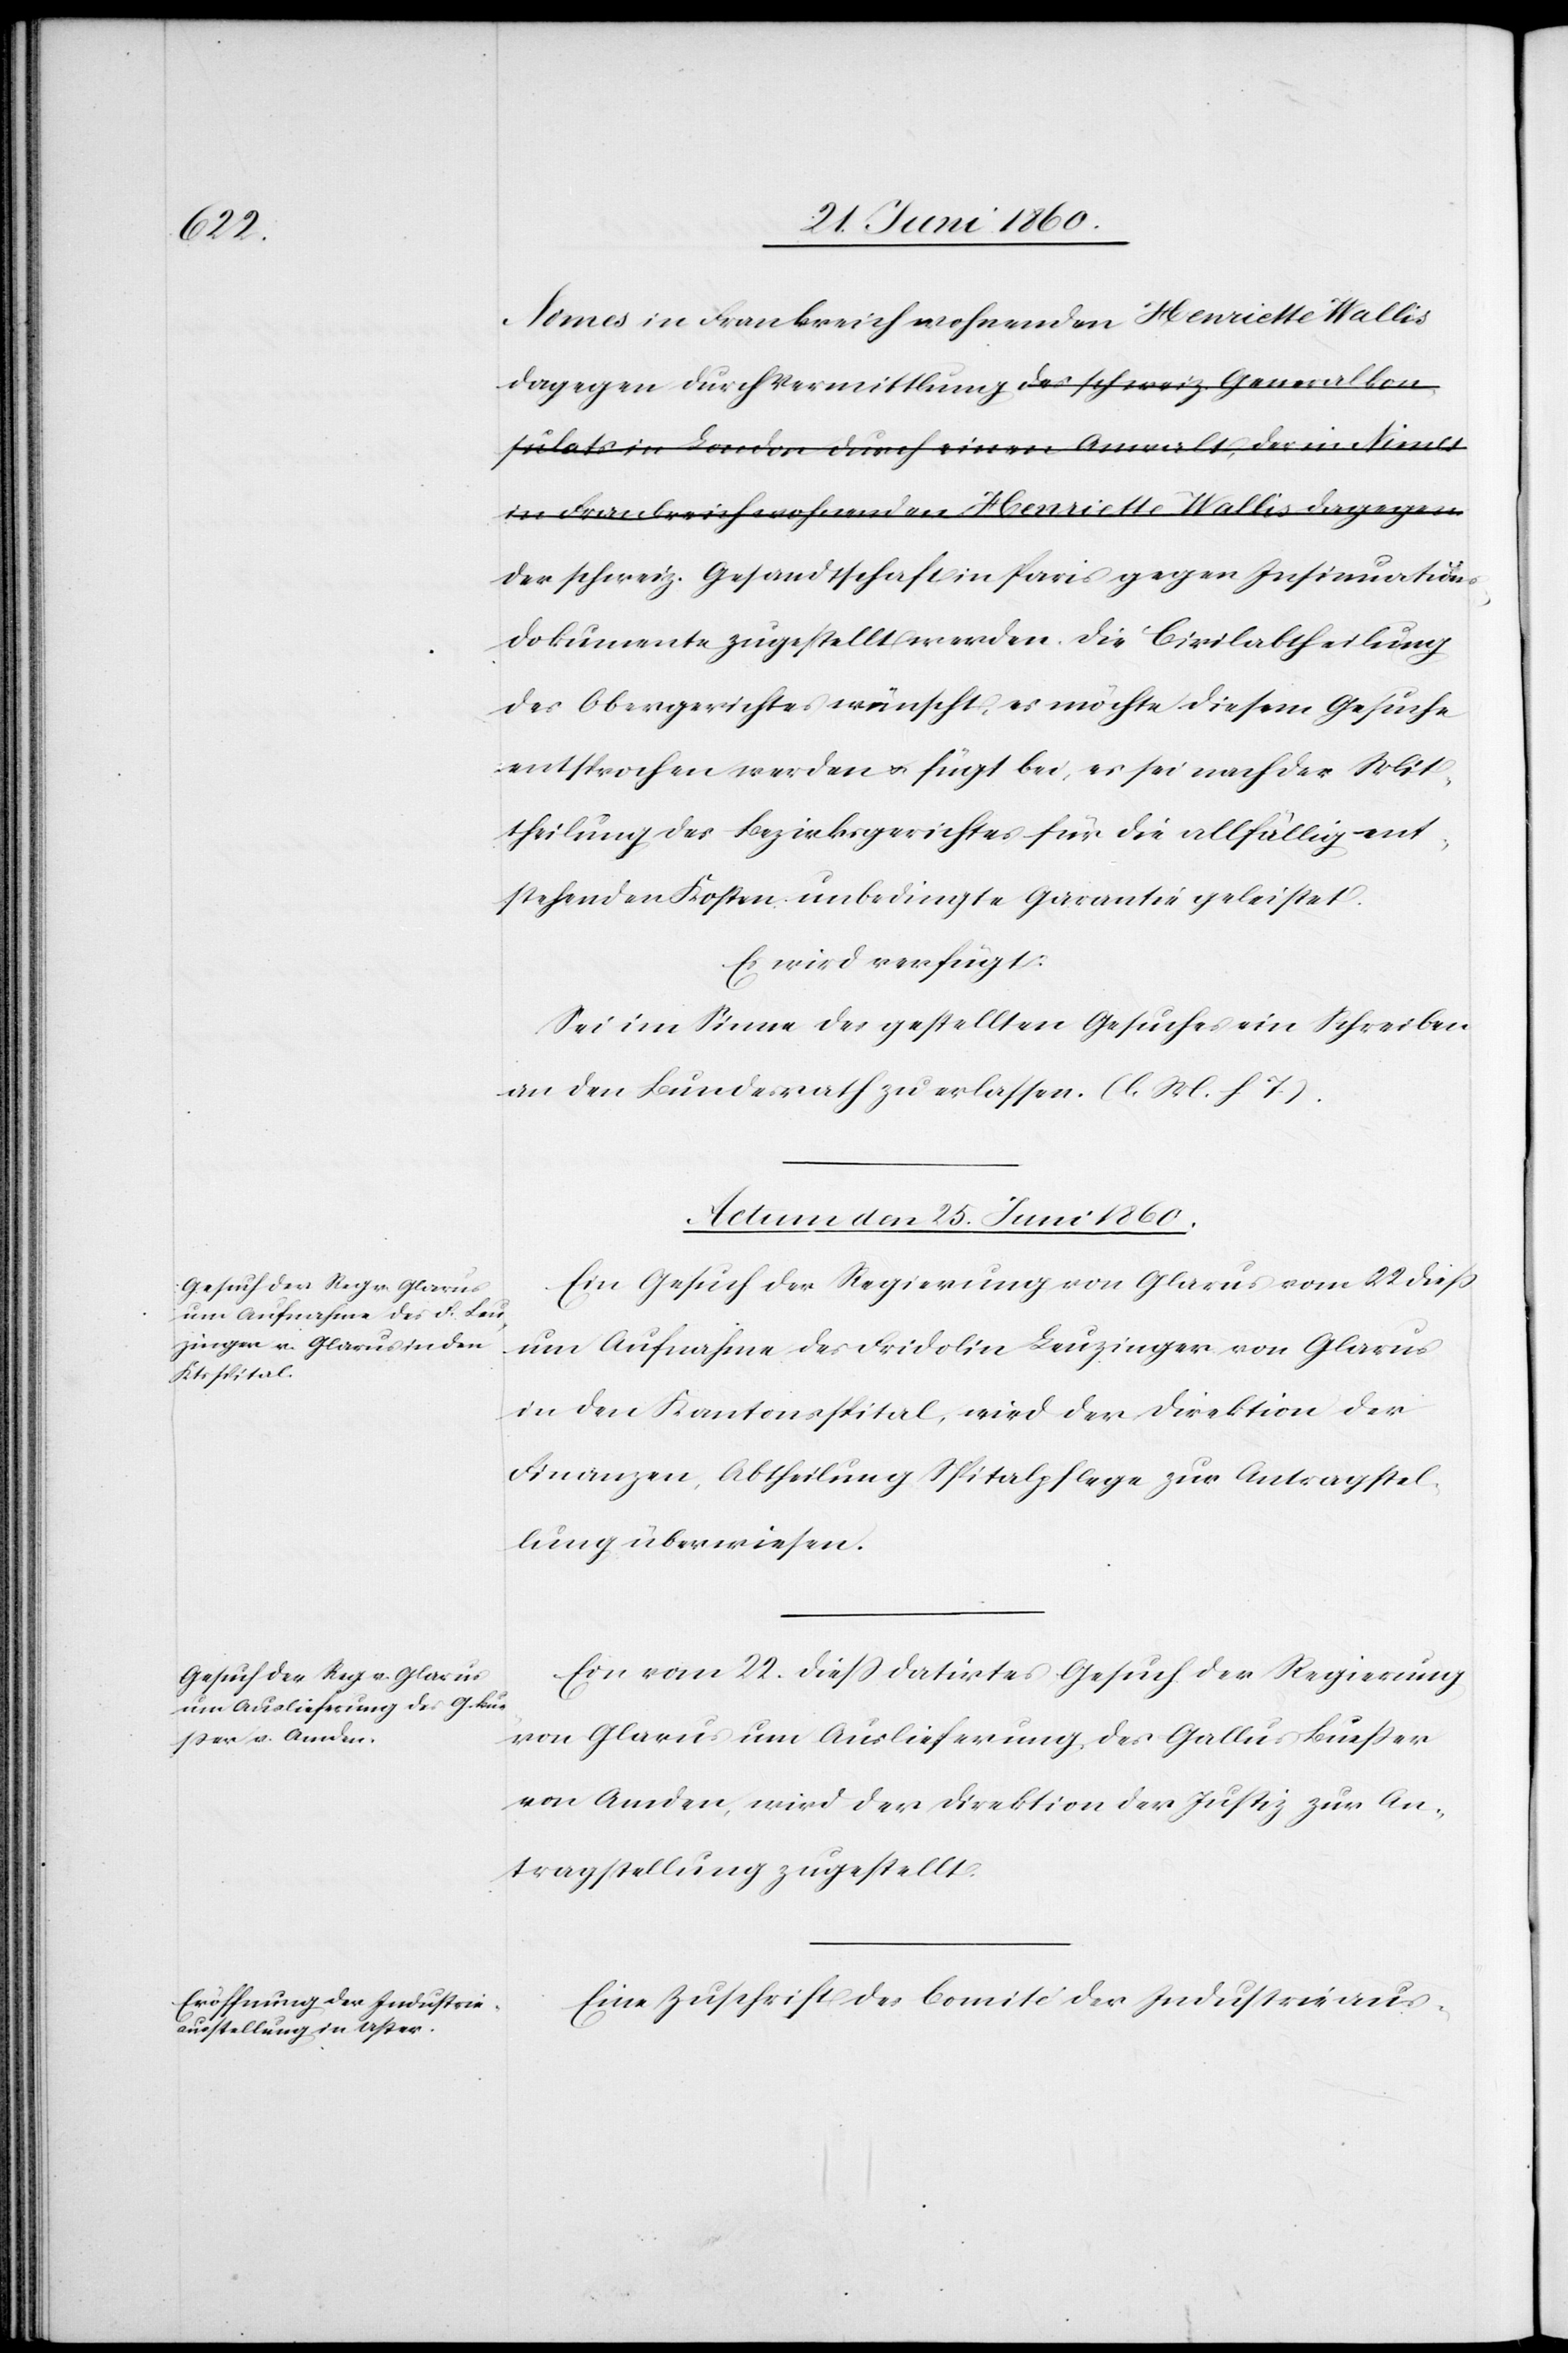
tions¬

Nimes in Frankreich wohnenden Henriette Wallis
dagegen durch Vermittlung der schweiz. Gesandtschaft in
dokumente zugestellt worden. Die Civilabtheilung
des Obergerichtes wünscht, es möchte diesem Gesuche
entsprochen werden u. fügt bei, es sei nach der Mit¬
theilung des Bezirksgerichtes für die allfällig ent¬
stehenden Kosten, unbedingte Garantie geleistet.
Es wird verfügt:
Sei im Sinne der gestellten Gesuche ein Schreiben
an den Bundesrath zu erlassen. (l. M. h. T.).
Actum den 25. Juni 1860.]
Ein Gesuch der Regierung von Glarus vom 22. diess
um Aufnahme des Fridolin Leuzinger von Glarus
in den Kantonsspital, wird der Direktion der
Finanzen, Abtheilung Spitalpflege zur Antragstel¬
lung überwiesen.
Ein vom 22. diess datirtes Gesuch der Regierung
von Glarus um Auslieferung des Gallus Busser
von Amden, wird der Direktion der Justiz zur An¬
tragstellung zugestellt.
Eine Zuschrift des Comité Industrieaus-